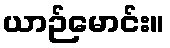
ယာဉ်မောင်း။